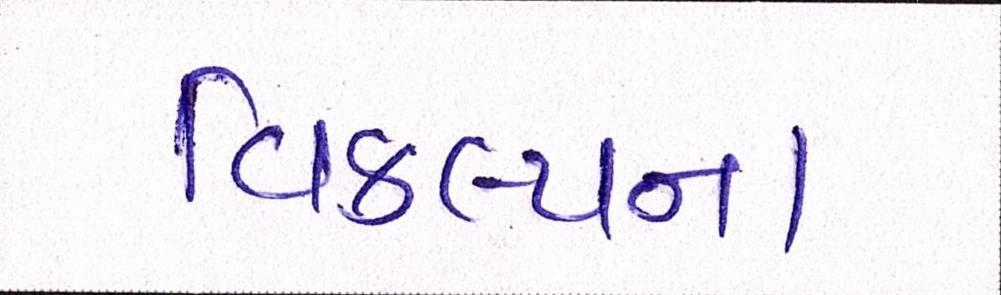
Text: વિકલ્પના